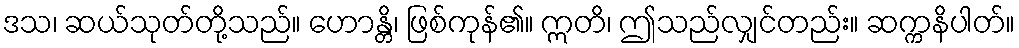
ဒသ၊ ဆယ်သုတ်တို့သည်။ ဟောန္တိ၊ ဖြစ်ကုန်၏။ ဣတိ၊ ဤသည်လျှင်တည်း။ ဆက္ကနိပါတ်။